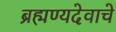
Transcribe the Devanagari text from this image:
ब्रह्मण्यदेवाचे